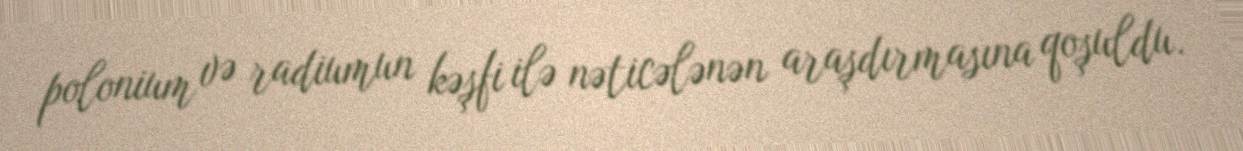
polonium və radiumun kəşfi ilə nəticələnən araşdırmasına qoşuldu.